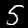
Digit: 5